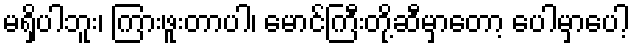
မရှိပါဘူး၊ ကြားဖူးတာပါ၊ မောင်ကြီးတို့ဆီမှာတော့ ပေါမှာပေါ့